Annual statistical returns and brief notes on vaccination in Bengal - 1909-1929
Year: 1909
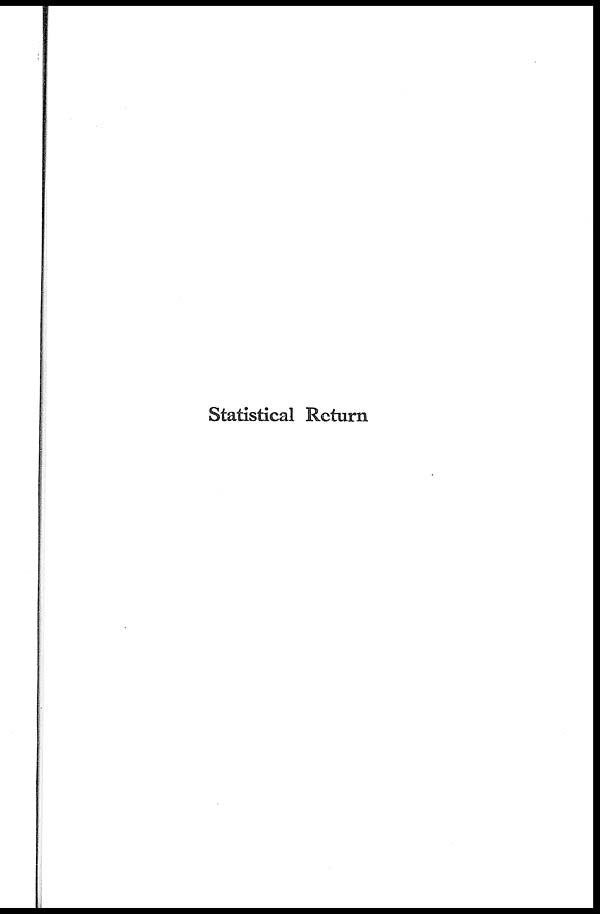
Statistical Return